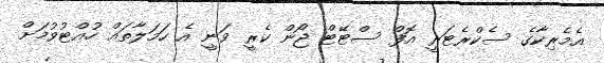
އެމެރިކާގެ ސެކްރެޓަރީ އޮފް ސްޓޭޓް ޖޯން ކެރީ ވަނީ އެ ހަމަލާތައް ހުއްޓުވުމަށް